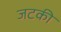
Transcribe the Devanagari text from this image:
जटकी